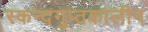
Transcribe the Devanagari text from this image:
स्कन्दगुप्तकालीन